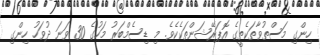
ހިންގި މަސްތުވާތަކެތީގެ އޮޕަރޭޝަންތަކެކެވެ. މި ޑިސެމްބަރު މަހުގެ 30 ވަނަ ދުވަހު ހިންގި